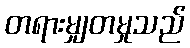
တရားမျှတမှုသည်